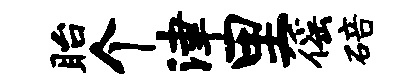
眙个津里徭碚